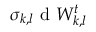
\sigma _ { k , l } \mathrm { ~ d ~ } W _ { k , l } ^ { t }